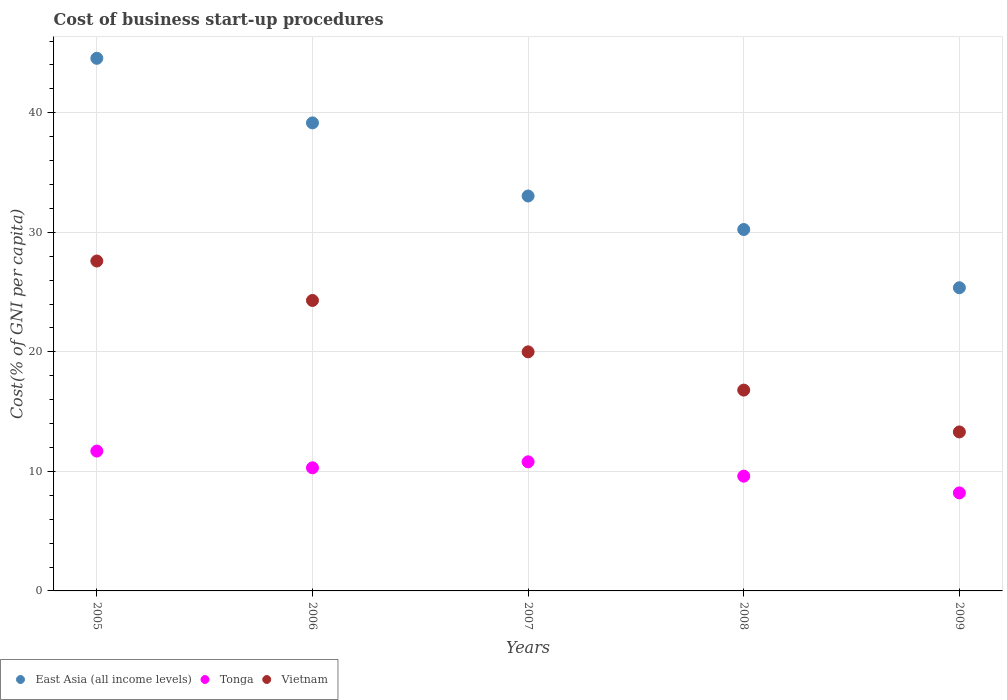
| Years | East Asia (all income levels) | Tonga | Vietnam |
 | --- | --- | --- | --- |
 | 2005 | 44.6 | 11.7 | 27.6 |
 | 2006 | 39.2 | 10.3 | 24.3 |
 | 2007 | 33 | 10.8 | 20 |
 | 2008 | 30.2 | 9.6 | 16.8 |
 | 2009 | 25.4 | 8.2 | 13.3 |